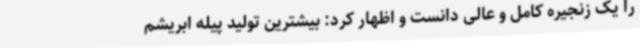
را یک زنجیره کامل و عالی دانست و اظهار کرد: بیشترین تولید پیله ابریشم